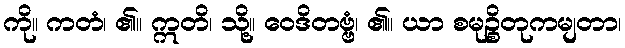
ကို။ ကတံ၊ ၏။ ဣတိ၊ သို့။ ဝေဒိတဗ္ဗံ၊ ၏။ ယာ စမုဉ္စိတုကမျတာ၊